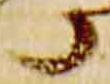
了